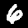
Digit: 6